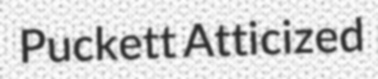
Puckett Atticized